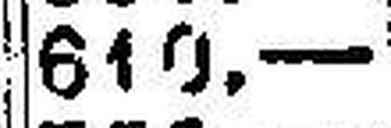
610.—